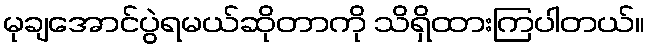
မုချအောင်ပွဲရမယ်ဆိုတာကို သိရှိထားကြပါတယ်။